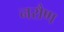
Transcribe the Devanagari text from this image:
नरौण